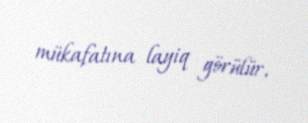
mükafatına layiq görülür.